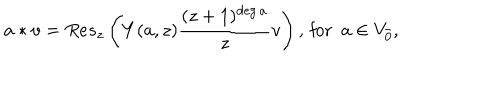
LaTeX: a * v = R e s _ { z } \left( Y ( a , z ) \frac { ( z + 1 ) ^ { \deg a } } { z } v \right) , \, \mathrm { f o r } \, \, \, a \in V _ { \bar { 0 } } ,